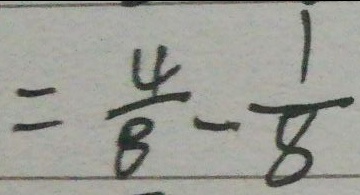
= \frac { 4 } { 8 } - \frac { 1 } { 8 }